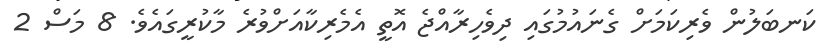
ކަނބަލުން ވެރިކަމަށް ގެނައުމުގައި ދިވެހިރާއްޖެ އޮތީ އެމެރިކާއަށްވުރެ މާކުރީގައެވެ. 8 މަސް 2